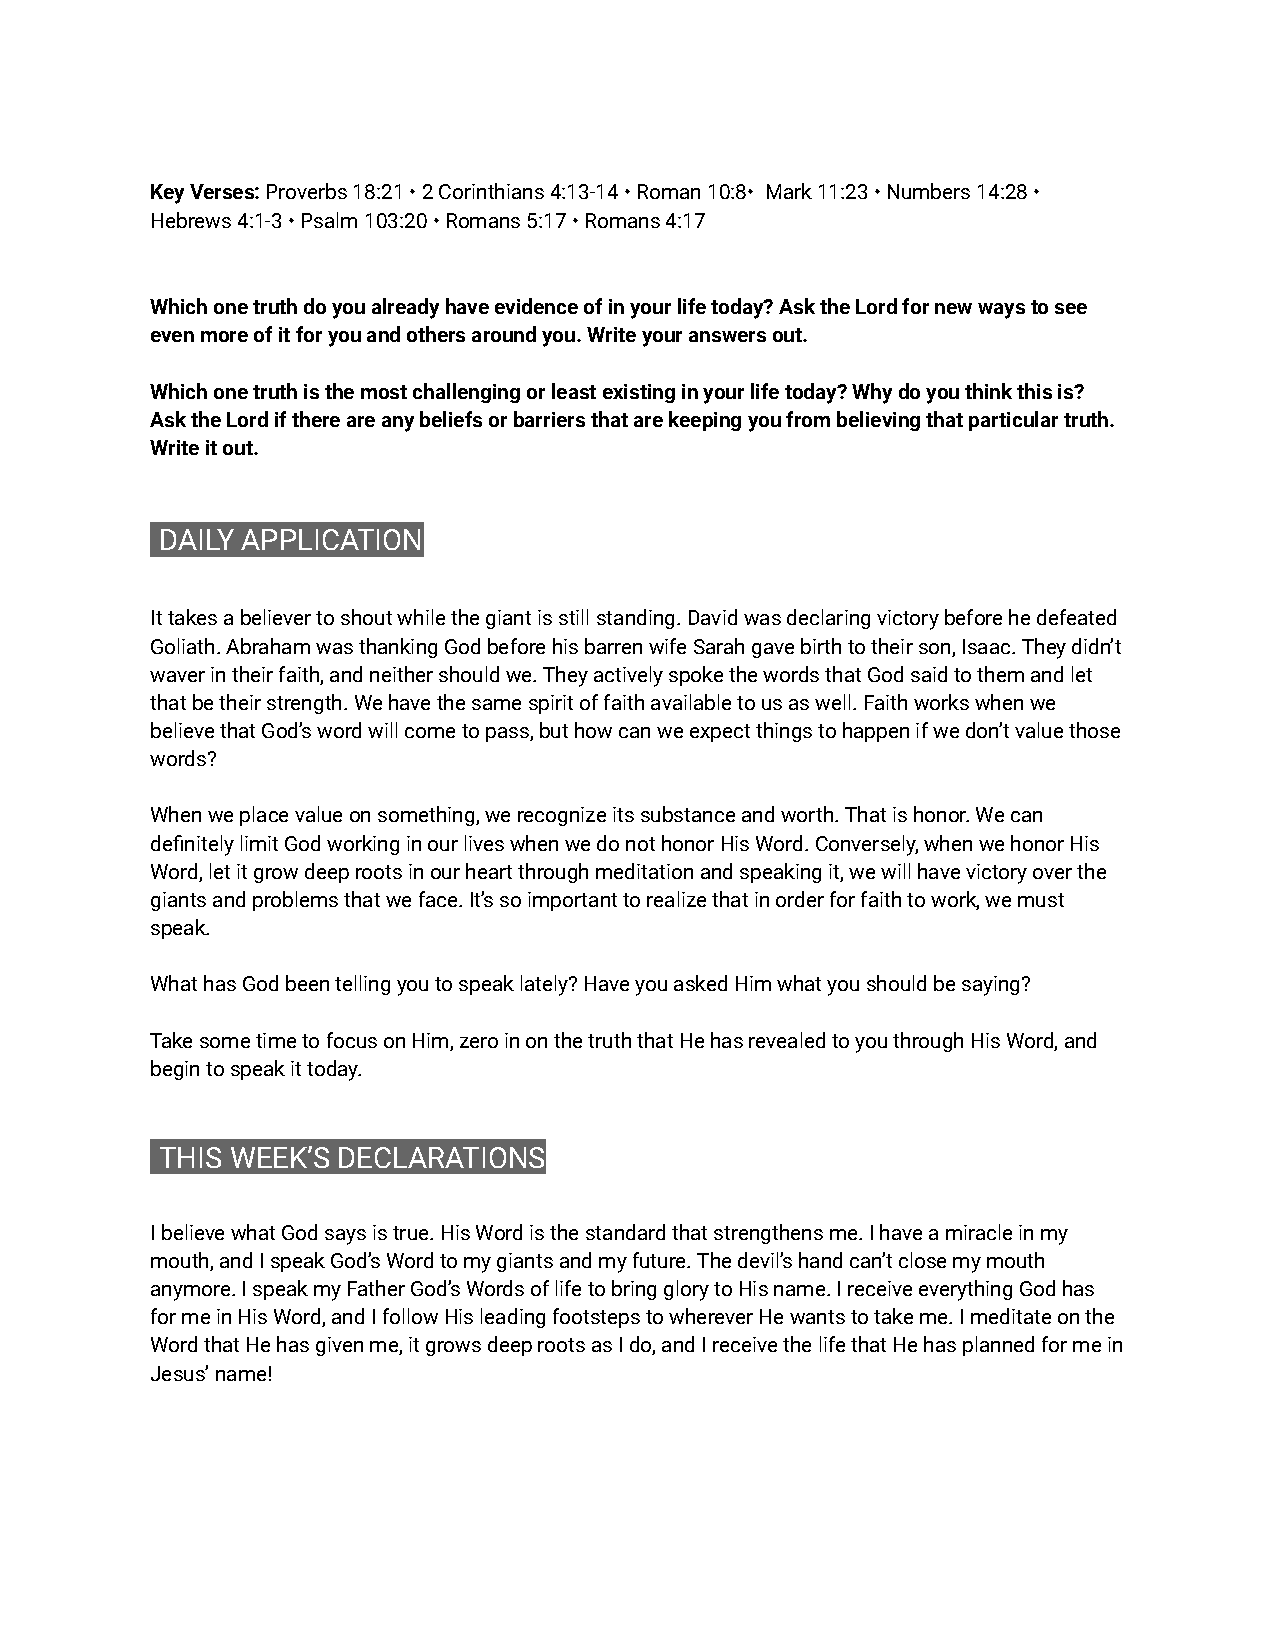
Key Verses: P roverbs 18:21 • 2 Corinthians 4:13-14 • Roman 10:8• Mark 11:23 • Numbers 14:28 •
 Hebrews 4:1-3 • Psalm 103:20 • Romans 5:17 • Romans 4:17
 Which one truth do you already have evidence of in your life today? Ask the Lord for new ways to see
 even more of it for you and others around you. Write your answers out.
 Which one truth is the most challenging or least existing in your life today? Why do you think this is?
 Ask the Lord if there are any beliefs or barriers that are keeping you from believing that particular truth.
 Write it out.
 D AILY APPLICATION
 It takes a believer to shout while the giant is still standing. David was declaring victory before he defeated
 Goliath. Abraham was thanking God before his barren wife Sarah gave birth to their son, Isaac. They didn’t
 waver in their faith, and neither should we. They actively spoke the words that God said to them and let
 that be their strength. We have the same spirit of faith available to us as well. Faith works when we
 believe that God’s word will come to pass, but how can we expect things to happen if we don’t value those
 words?
 When we place value on something, we recognize its substance and worth. That is honor. We can
 definitely limit God working in our lives when we do not honor His Word. Conversely, when we honor His
 Word, let it grow deep roots in our heart through meditation and speaking it, we will have victory over the
 giants and problems that we face. It’s so important to realize that in order for faith to work, we must
 speak.
 What has God been telling you to speak lately? Have you asked Him what you should be saying?
 Take some time to focus on Him, zero in on the truth that He has revealed to you through His Word, and
 begin to speak it today.
 T HIS WEEK’S DECLARATIONS
 I believe what God says is true. His Word is the standard that strengthens me. I have a miracle in my
 mouth, and I speak God’s Word to my giants and my future. The devil’s hand can’t close my mouth
 anymore. I speak my Father God’s Words of life to bring glory to His name. I receive everything God has
 for me in His Word, and I follow His leading footsteps to wherever He wants to take me. I meditate on the
 Word that He has given me, it grows deep roots as I do, and I receive the life that He has planned for me in
 Jesus’ name!